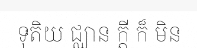
ទុតិយ ជ្ឈាន ក្តី ក៏ មិន